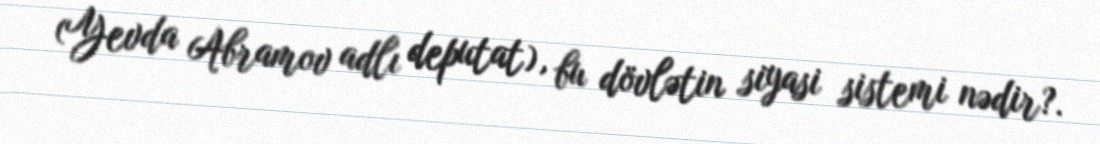
(Yevda Abramov adlı deputat), bu dövlətin siyasi sistemi nədir?.